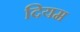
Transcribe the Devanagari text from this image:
दियम